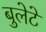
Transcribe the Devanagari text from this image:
बुलेटे